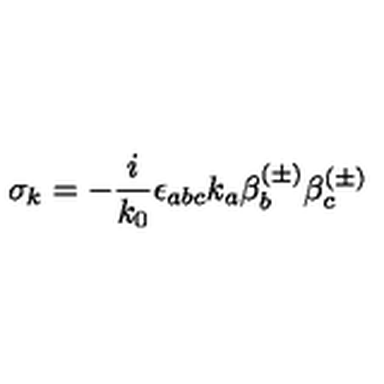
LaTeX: \sigma _ { k } = - \frac i { k _ { 0 } } \epsilon _ { a b c } k _ { a } \beta _ { b } ^ { ( \pm ) } \beta _ { c } ^ { ( \pm ) }